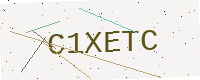
Text: C1XETC